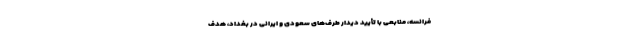
فرانسه، منابعی با تأیید دیدار طرف‌های سعودی و ایرانی در بغداد، هدف